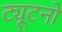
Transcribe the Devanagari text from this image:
ट्यूटनों